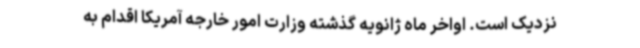
نزدیک است. اواخر ماه ژانویه گذشته وزارت امور خارجه آمریکا اقدام به